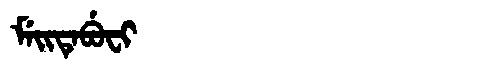
Manchu: ᠮᡝᡳᡨᡝᠪᡠᠸᡳ
Romanization: MEITEBUFI